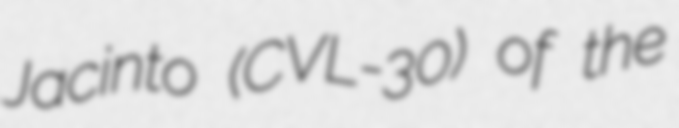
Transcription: Jacinto (CVL-30) of the